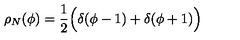
\rho _ { N } ( \phi ) = { \frac { 1 } { 2 } } \Bigl ( \delta ( \phi - 1 ) + \delta ( \phi + 1 ) \Bigr )